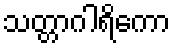
သတ္တာဂါရိကော